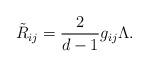
LaTeX: \begin{align*} \tilde R_{ij} = \frac2{d-1} g_{ij} \Lambda.\end{align*}